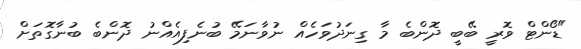
"ޑޯންޓް ވޮރީ ބޭބީ ދޮންބެ މާ ގިނަދުވަހެއް ނުވާނަމޭ ބުނެފިއެއްނު ދޮންބެ ބުނާގޮތަށް